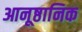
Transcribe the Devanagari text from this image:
आनूष्ठानिक